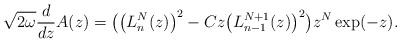
LaTeX: \begin{gather*} \sqrt{2\omega }\frac{d}{dz}A(z) =\big( \big( L_{n}^{N} ( z ) \big) ^{2}-Cz\big( L_{n-1}^{N+1}(z) \big) ^{2}\big) z^{N}\exp (-z). \end{gather*}